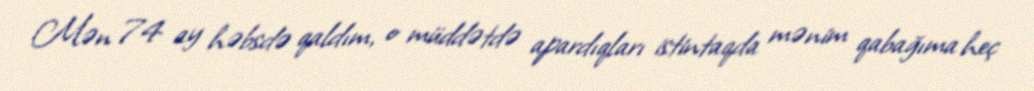
Mən 74 ay həbsdə qaldım, o müddətdə apardıqları istintaqda mənim qabağıma heç